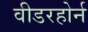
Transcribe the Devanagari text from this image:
वीडरहोर्न